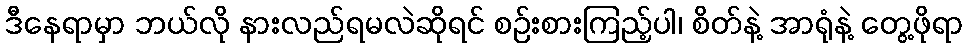
ဒီနေရာမှာ ဘယ်လို နားလည်ရမလဲဆိုရင် စဉ်းစားကြည့်ပါ၊ စိတ်နဲ့ အာရုံနဲ့ တွေ့ဖိုရာ